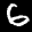
Label: 6